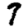
Digit: 7